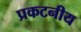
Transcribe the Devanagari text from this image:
प्रकटनीय